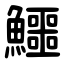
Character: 鱷